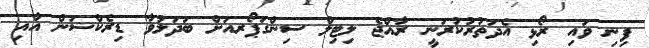
ފިނި ވައި ރޯޅި އެދަތުރުކުރަނީ ރާއްޖެ ލިޓިލް ސިންގަޕޯރއަށް ބަަދަލުވާ ޑިރެކްޝަން އާއި